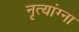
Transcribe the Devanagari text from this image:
नृत्यांग्ना